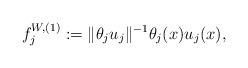
LaTeX: \begin{align*} f_{j}^{W , (1)} : = \Vert \theta_{j} u_{j} \Vert^{- 1} \theta_{j} (x) u_{j} (x) ,\end{align*}